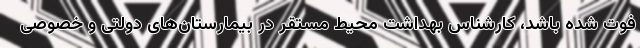
فوت شده باشد، کارشناس بهداشت محیط مستقر در بیمارستان‌های دولتی و خصوصی